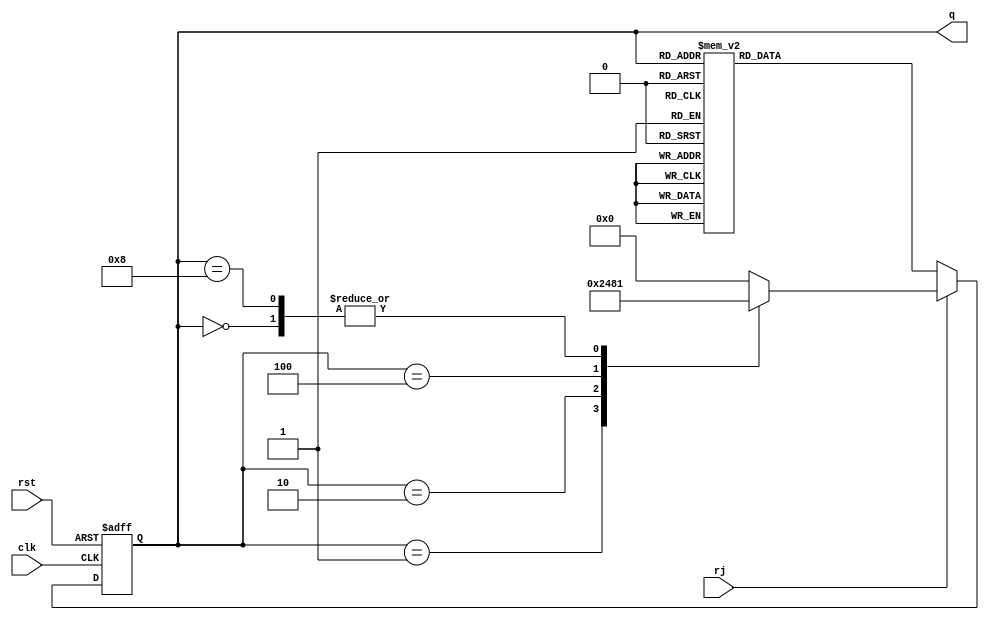
module rj_counter(output reg [3:0] q, input clk, input rst, input rj);
always@ (posedge clk or posedge rst) 
begin
if (rst) begin
q<=4'd0;
end
else if (rj)
begin
q<=4'd0;
case (q)
4'd0: q<=4'd1;
4'd1: q<=4'd2;
4'd2: q<=4'd4;
4'd4: q<=4'd8;
4'd8: q<=4'd1;
endcase
end
else 
begin
case (q)
4'd0: q<=4'd8;
4'd8: q<=4'd12;
4'd12: q<=4'd14;
4'd14: q<=4'd15;
4'd15: q<=4'd7;
4'd7: q<=4'd3;
4'd3: q<=4'd1;
4'd1: q<=4'd0;
default:q<=4'd0;
endcase
end
end
endmodule